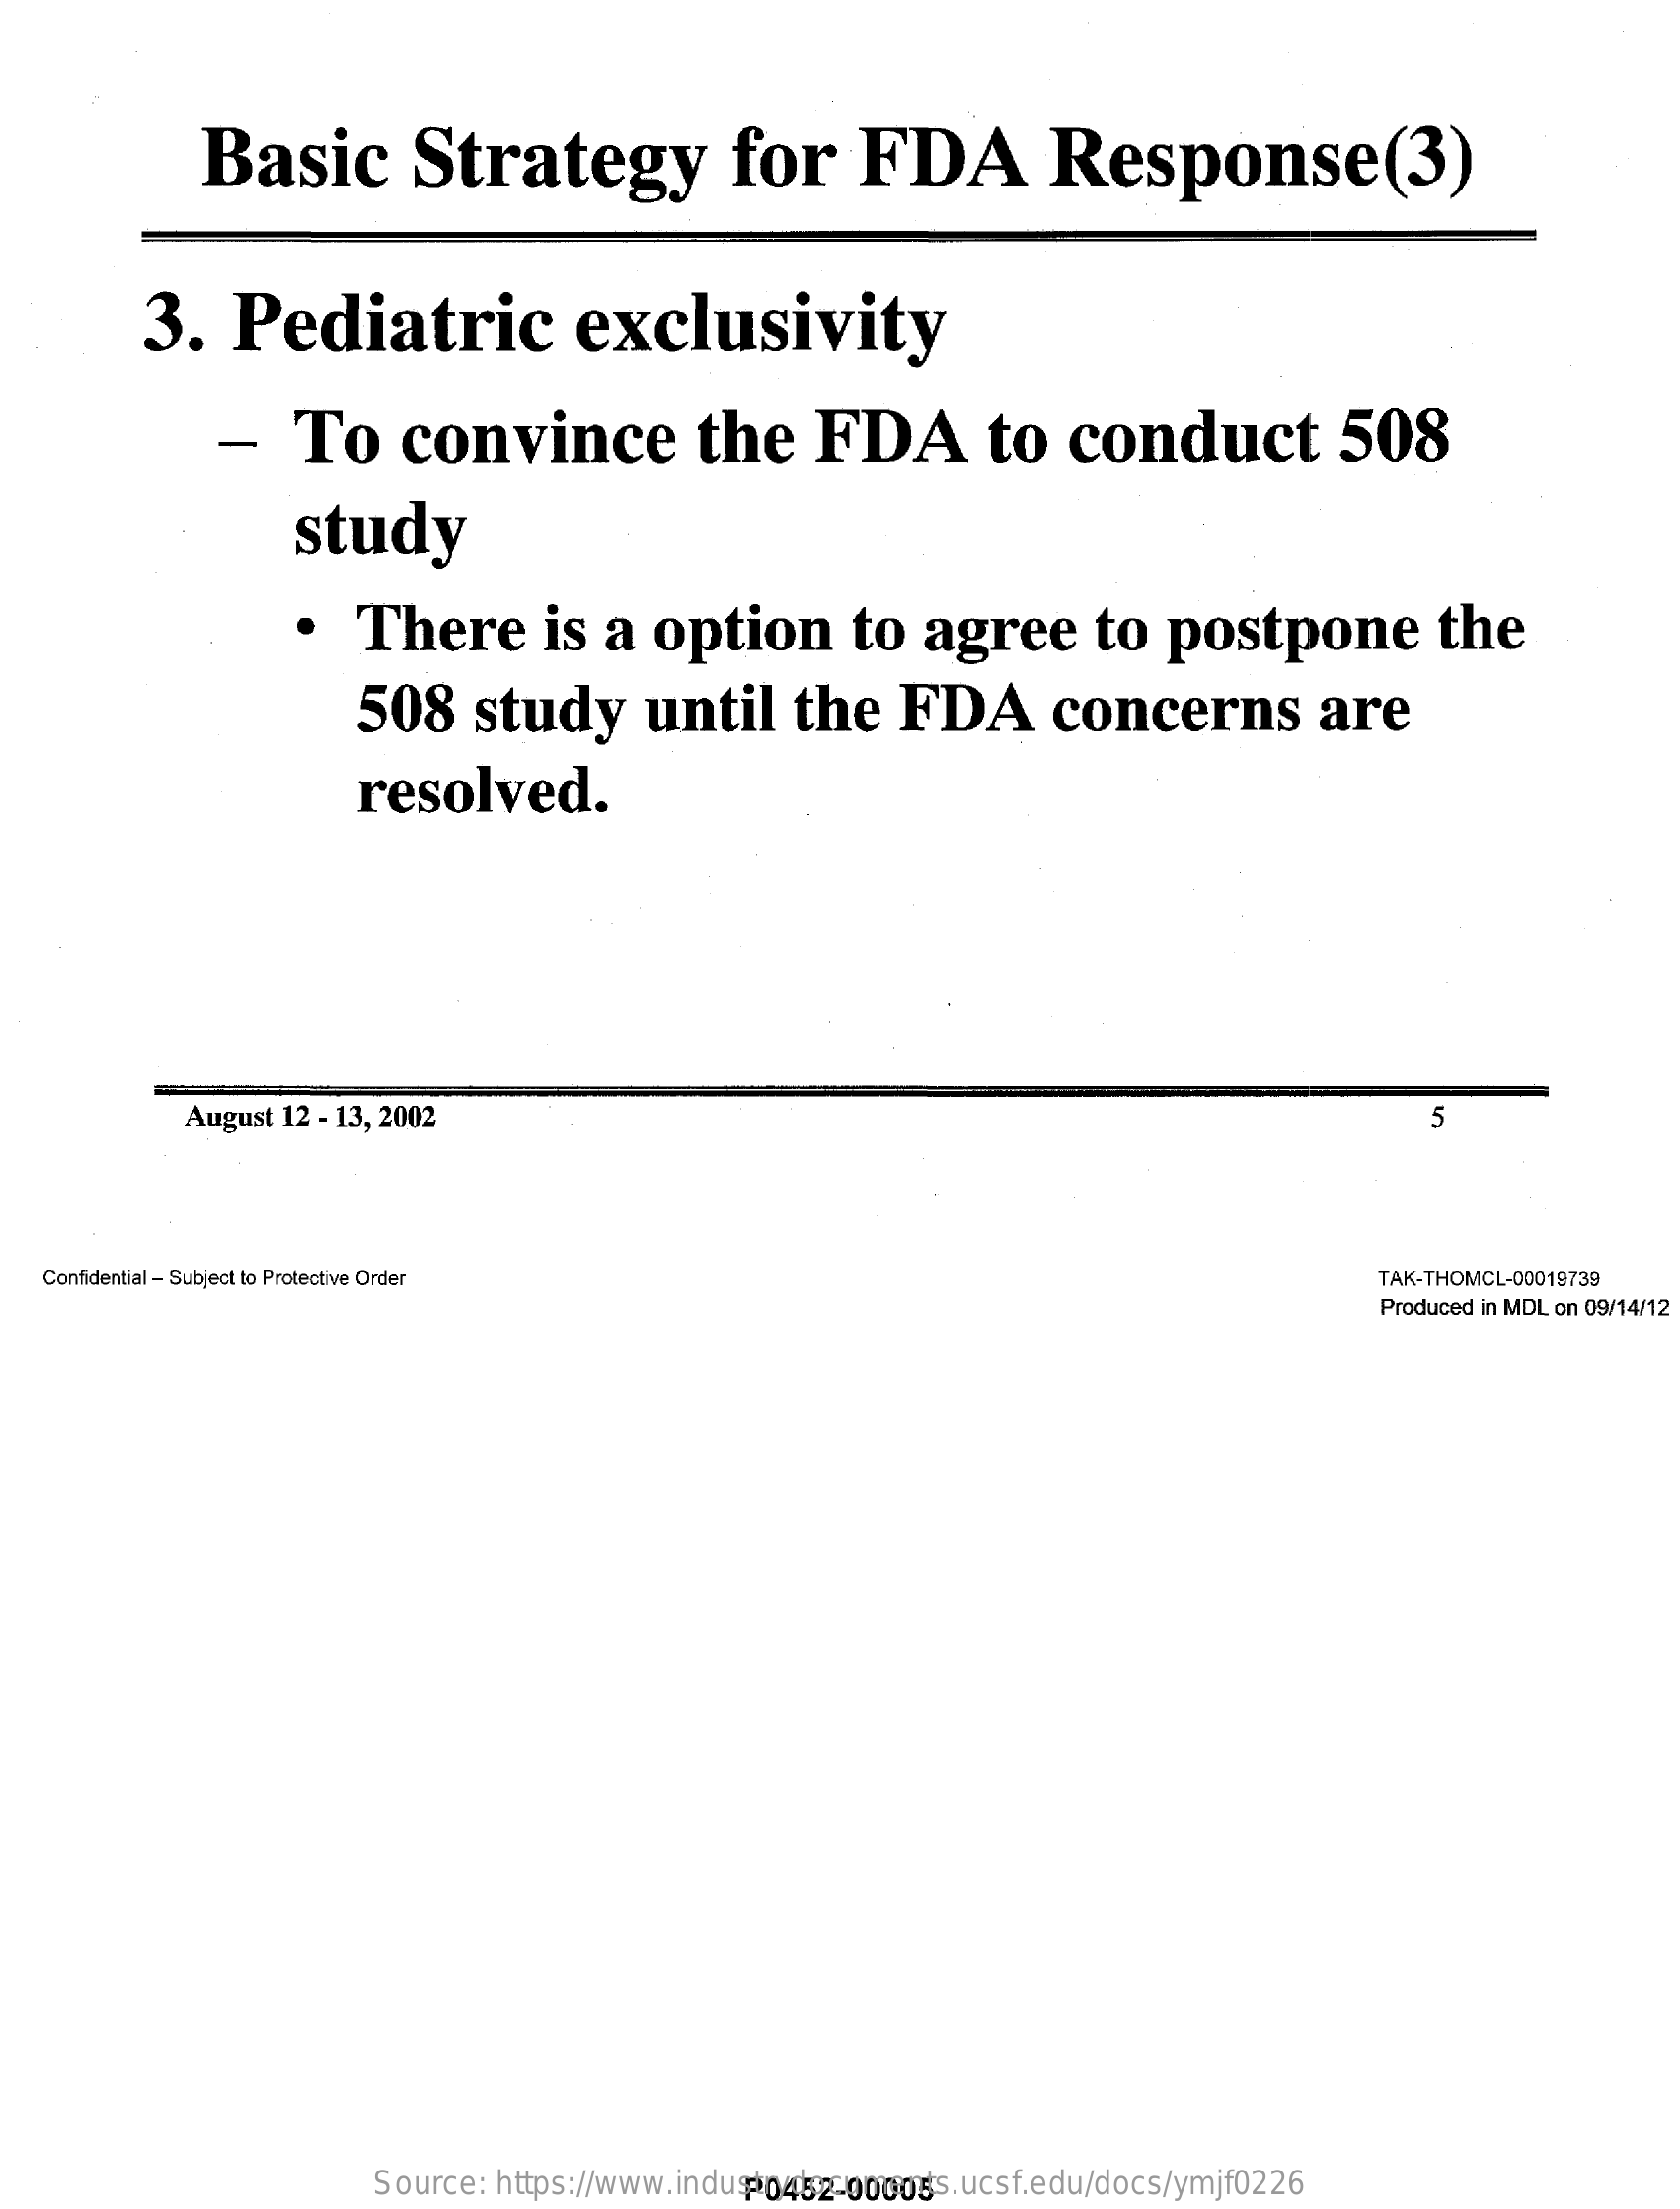
Basic    Strategy    for    FDA    Response(3)
     3.    Pediatric    exclusivity
     -    To    convince    the    FDA    to    conduct    508
     study
     .    There    is   a   option    to   agree    to   postpone    the
     508    study    until    the    FDA    concerns    are
     resolved.
     August 12 - 13, 2002    5
   Confidential - Subject to Protective Order    TAK-THOMCL-00019739
     Produced in MDL on 09/14/12
     P0452-00005 Source: https://www.industrydocuments.ucsf.edu/docs/ymjf0226